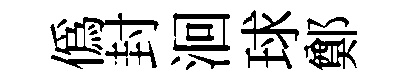
僞封洄球鄭